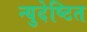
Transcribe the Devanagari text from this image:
न्युदेष्टित